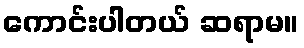
ကောင်းပါတယ် ဆရာမ။